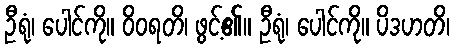
ဦရုံ၊ ပေါင်ကို။ ဝိဝရတိ၊ ဖွင့်၏။ ဦရုံ၊ ပေါင်ကို။ ပိဒဟတိ၊